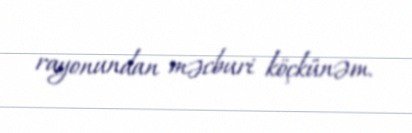
rayonundan məcburi köçkünəm.